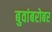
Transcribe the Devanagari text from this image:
बुवांबरोबर